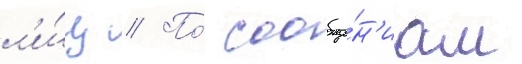
л'и́ц // По́ сообще́н'иам